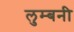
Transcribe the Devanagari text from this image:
लुम्बनी